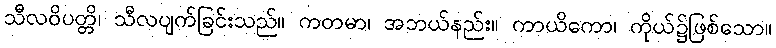
သီလဝိပတ္တိ၊ သီလပျက်ခြင်းသည်။ ကတမာ၊ အဘယ်နည်း။ ကာယိကော၊ ကိုယ်၌ဖြစ်သော။